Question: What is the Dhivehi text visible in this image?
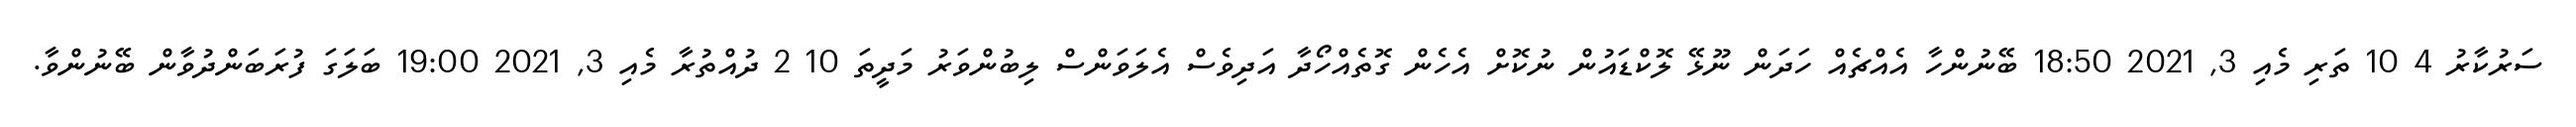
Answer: ސަރުކާރު 4 10 ތަރި މެއި 3, 2021 18:50 ބޭނުންހާ އެއްޗެއް ހަދަން ނޫޅޭ ލޮކްޑައުން ނުކޮށް އެހެން ގޮތެއްހޯދާ އަދިވެސް އެލަވަންސް ލިބުންވަރު މަދީތަ 10 2 ދުއްތުރާ މެއި 3, 2021 19:00 ބަލަގަ ފުރަބަންދުވާން ބޭނުންވާ.